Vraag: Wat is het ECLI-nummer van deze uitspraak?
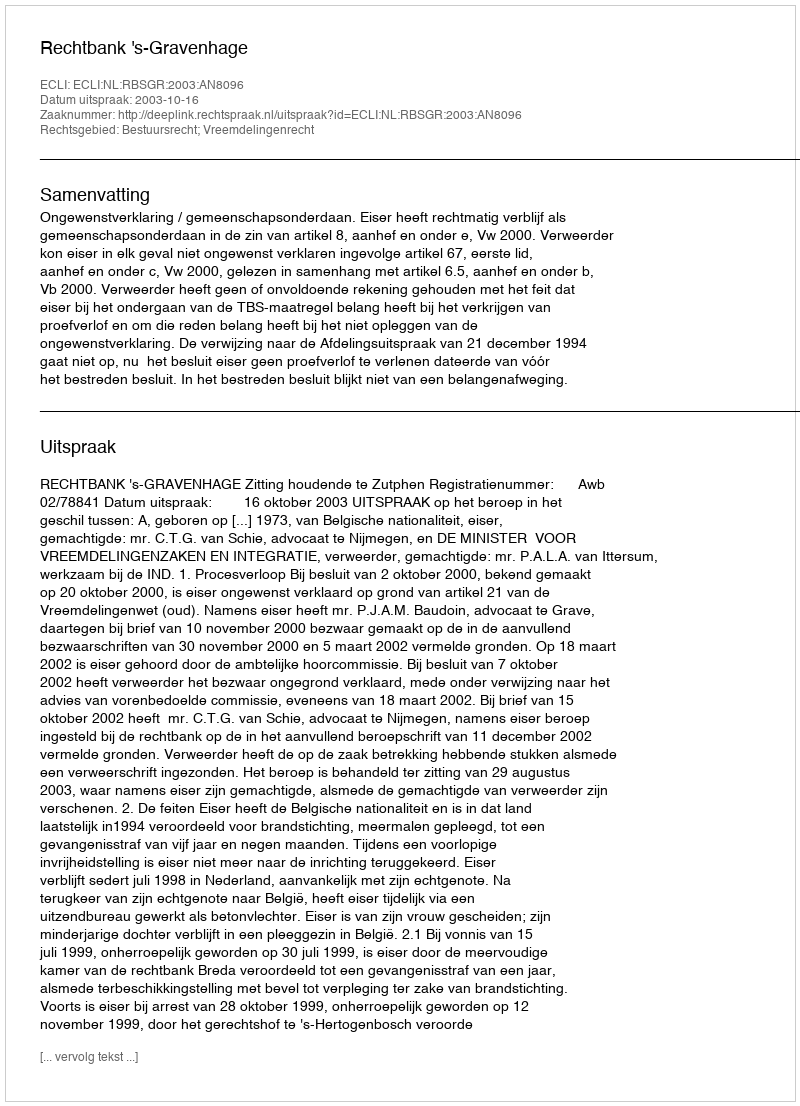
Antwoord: ECLI:NL:RBSGR:2003:AN8096